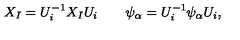
X _ { I } = U _ { i } ^ { - 1 } X _ { I } U _ { i } \qquad \psi _ { \alpha } = U _ { i } ^ { - 1 } \psi _ { \alpha } U _ { i } ,